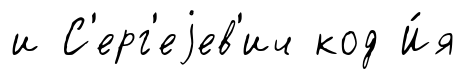
и С'ерг'еjев'ич код И́я